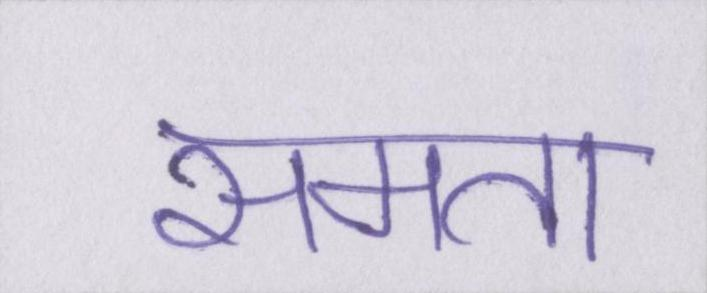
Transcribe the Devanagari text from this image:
समता